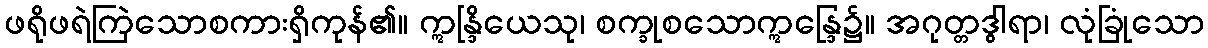
ဖရိုဖရဲကြဲသောစကားရှိကုန်၏။ ဣန္ဒြိယေသု၊ စက္ခုစသောဣန္ဒြေ၌။ အဂုတ္တဒွါရာ၊ လုံခြုံသော